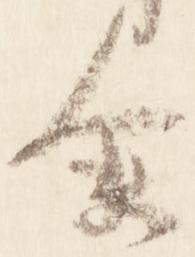
余